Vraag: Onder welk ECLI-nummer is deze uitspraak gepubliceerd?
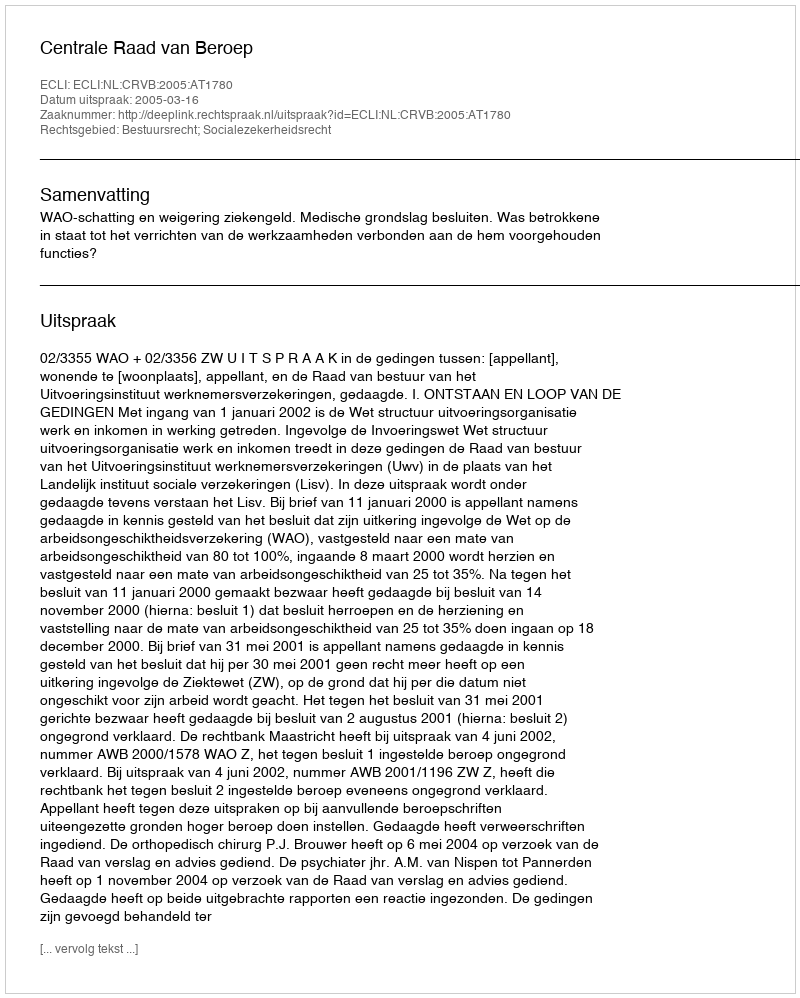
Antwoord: ECLI:NL:CRVB:2005:AT1780